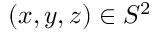
( x , y , z ) \in S ^ { 2 }